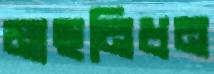
মাছনিধন